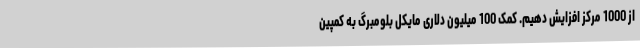
از 1000 مرکز افزایش دهیم. کمک 100 میلیون دلاری مایکل بلومبرگ به کمپین